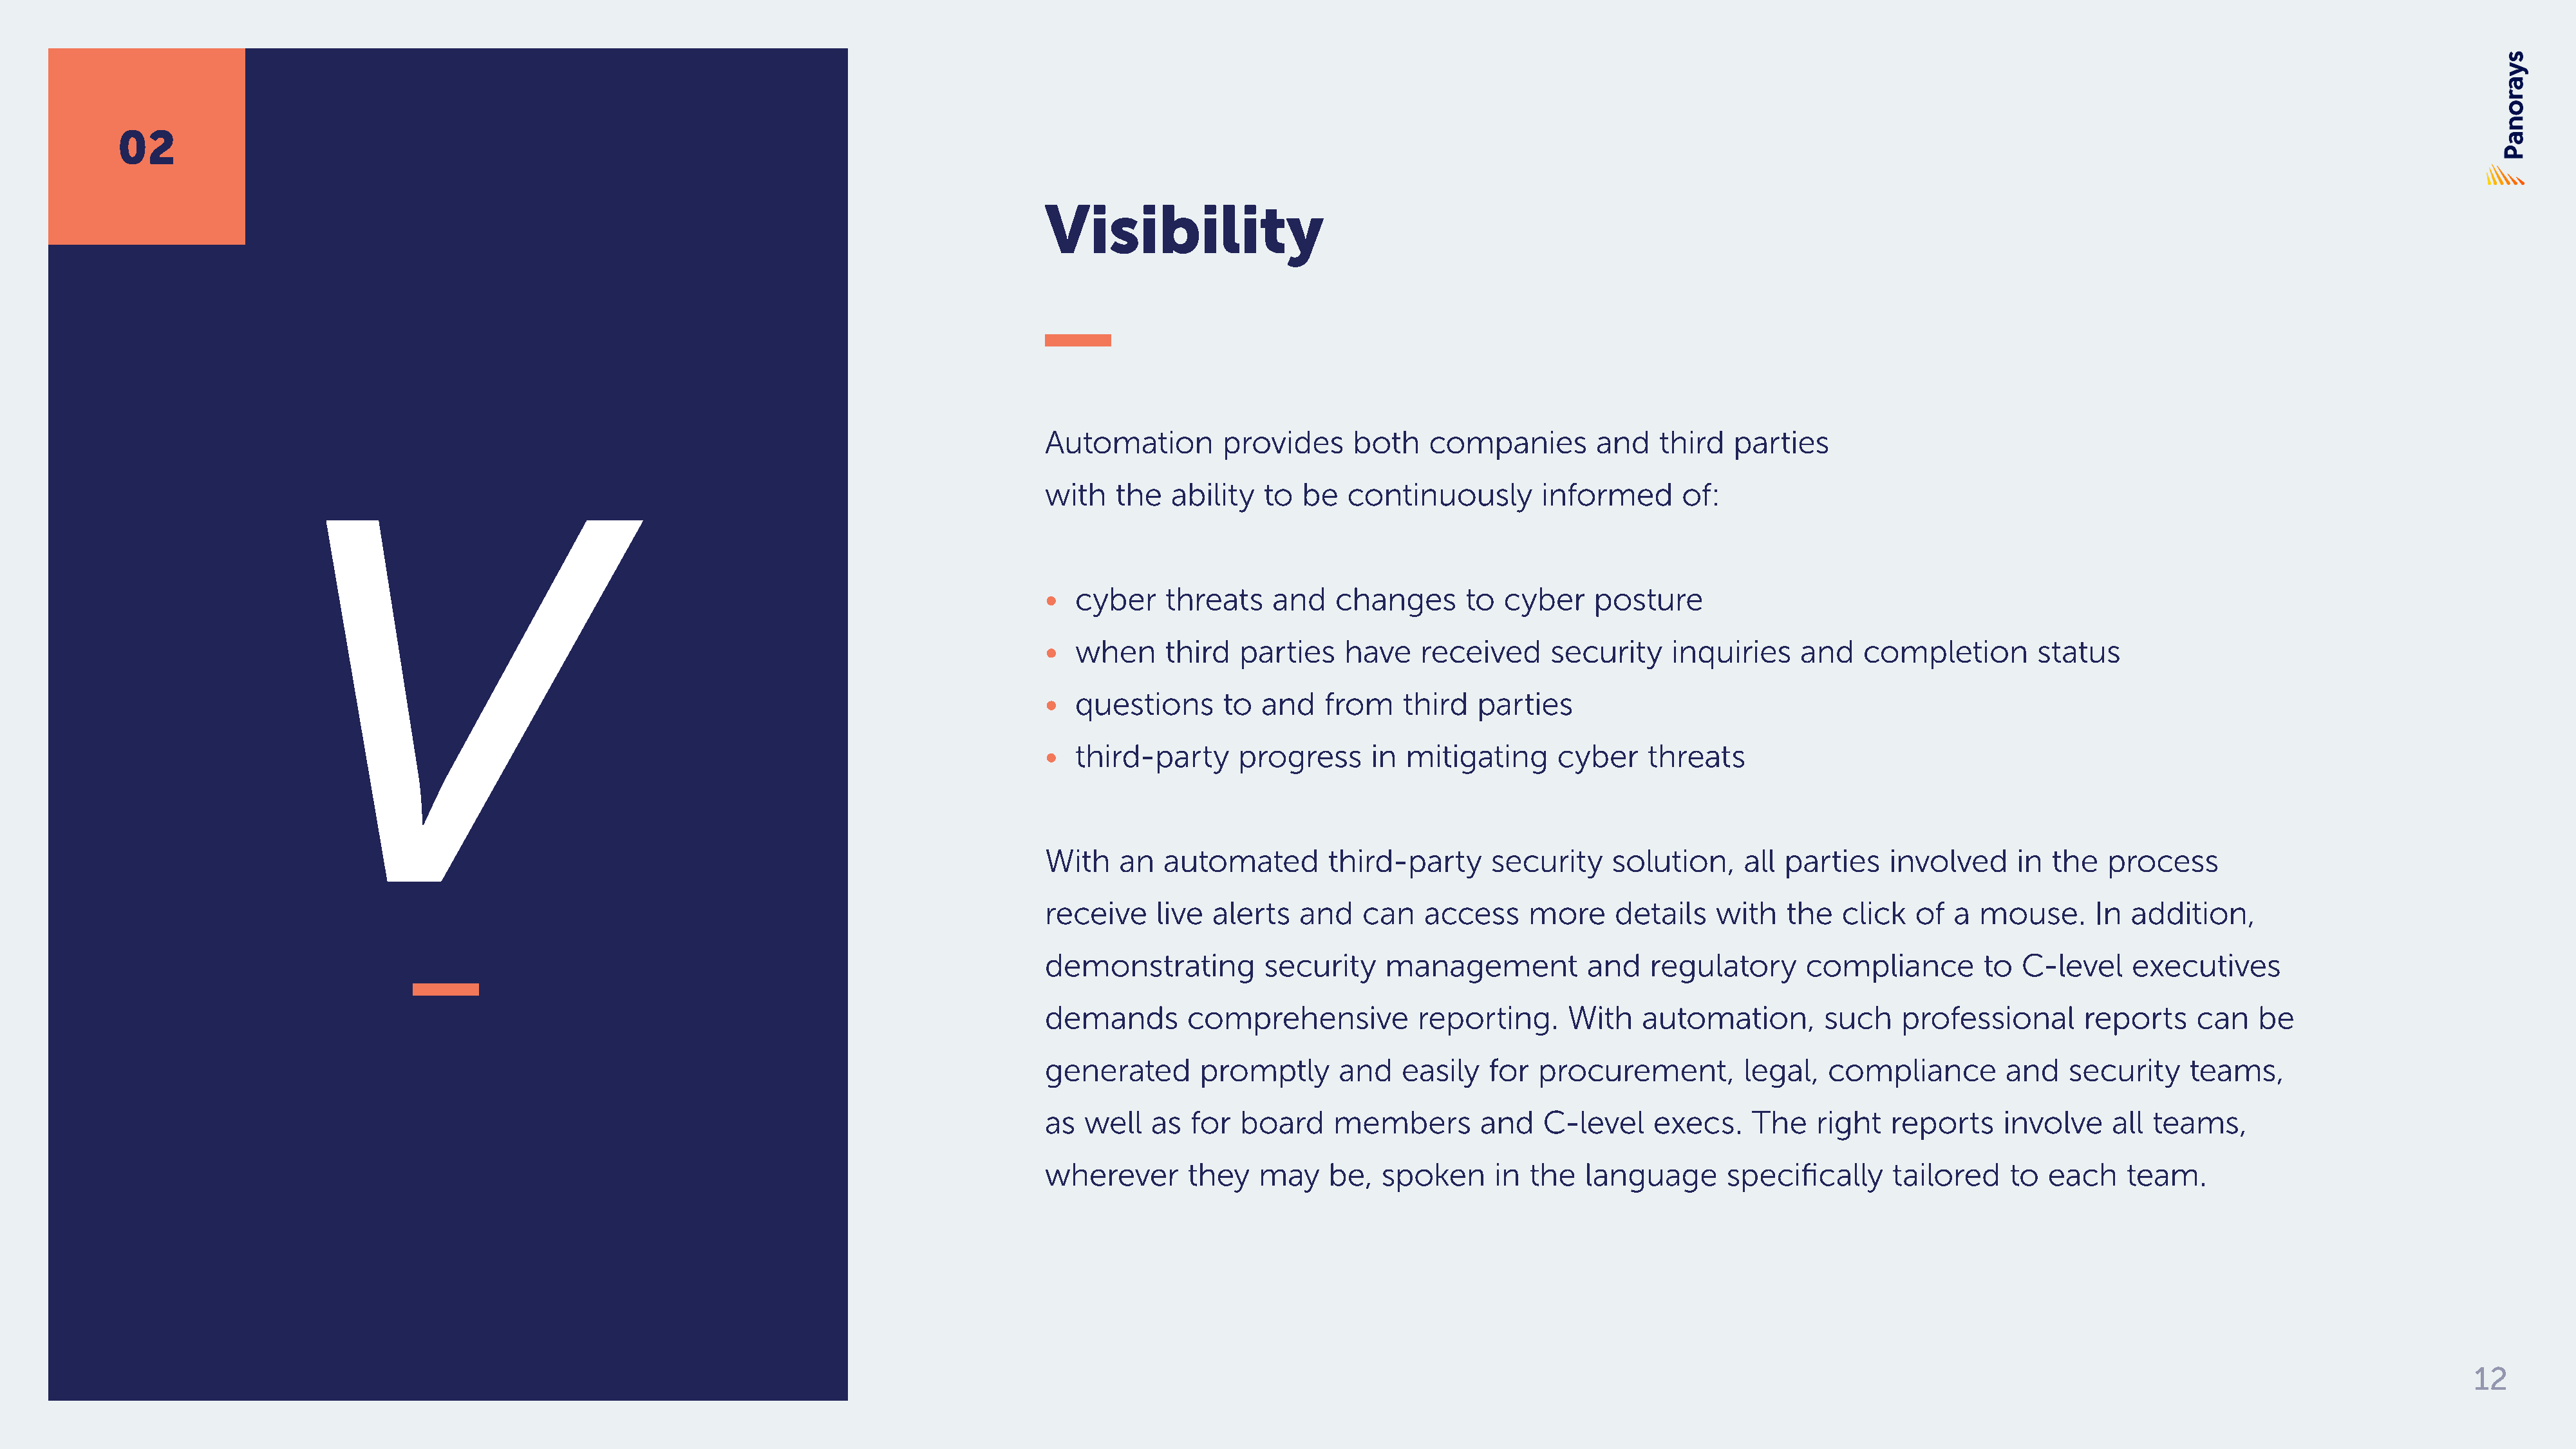
02
 Visibility
 Automation         provides     both    companies        and    third  parties
 V                                                                             with    the  ability   to  be  continuously        informed       of:
 •   cyber    threats    and   changes       to  cyber    posture
 •   when     third  parties    have    received     security     inquiries    and    completion       status
 •   questions      to  and   from    third   parties
 •   third-party     progress      in  mitigating     cyber    threats
 With    an   automated        third-party     security     solution,    all parties    involved     in  the   process
 receive     live  alerts   and   can   access     more     details   with    the  click   of  a mouse.      In  addition,
 demonstrating          security    management           and    regulatory      compliance        to  C-level    executives
 demands        comprehensive           reporting.     With    automation,        such   professional       reports     can   be
 generated       promptly       and   easily   for  procurement,         legal,   compliance        and    security    teams,
 as  well   as  for  board     members        and    C-level    execs.    The    right  reports     involve    all teams,
 wherever       they   may     be,  spoken      in the   language      specifically      tailored    to  each    team.
 12